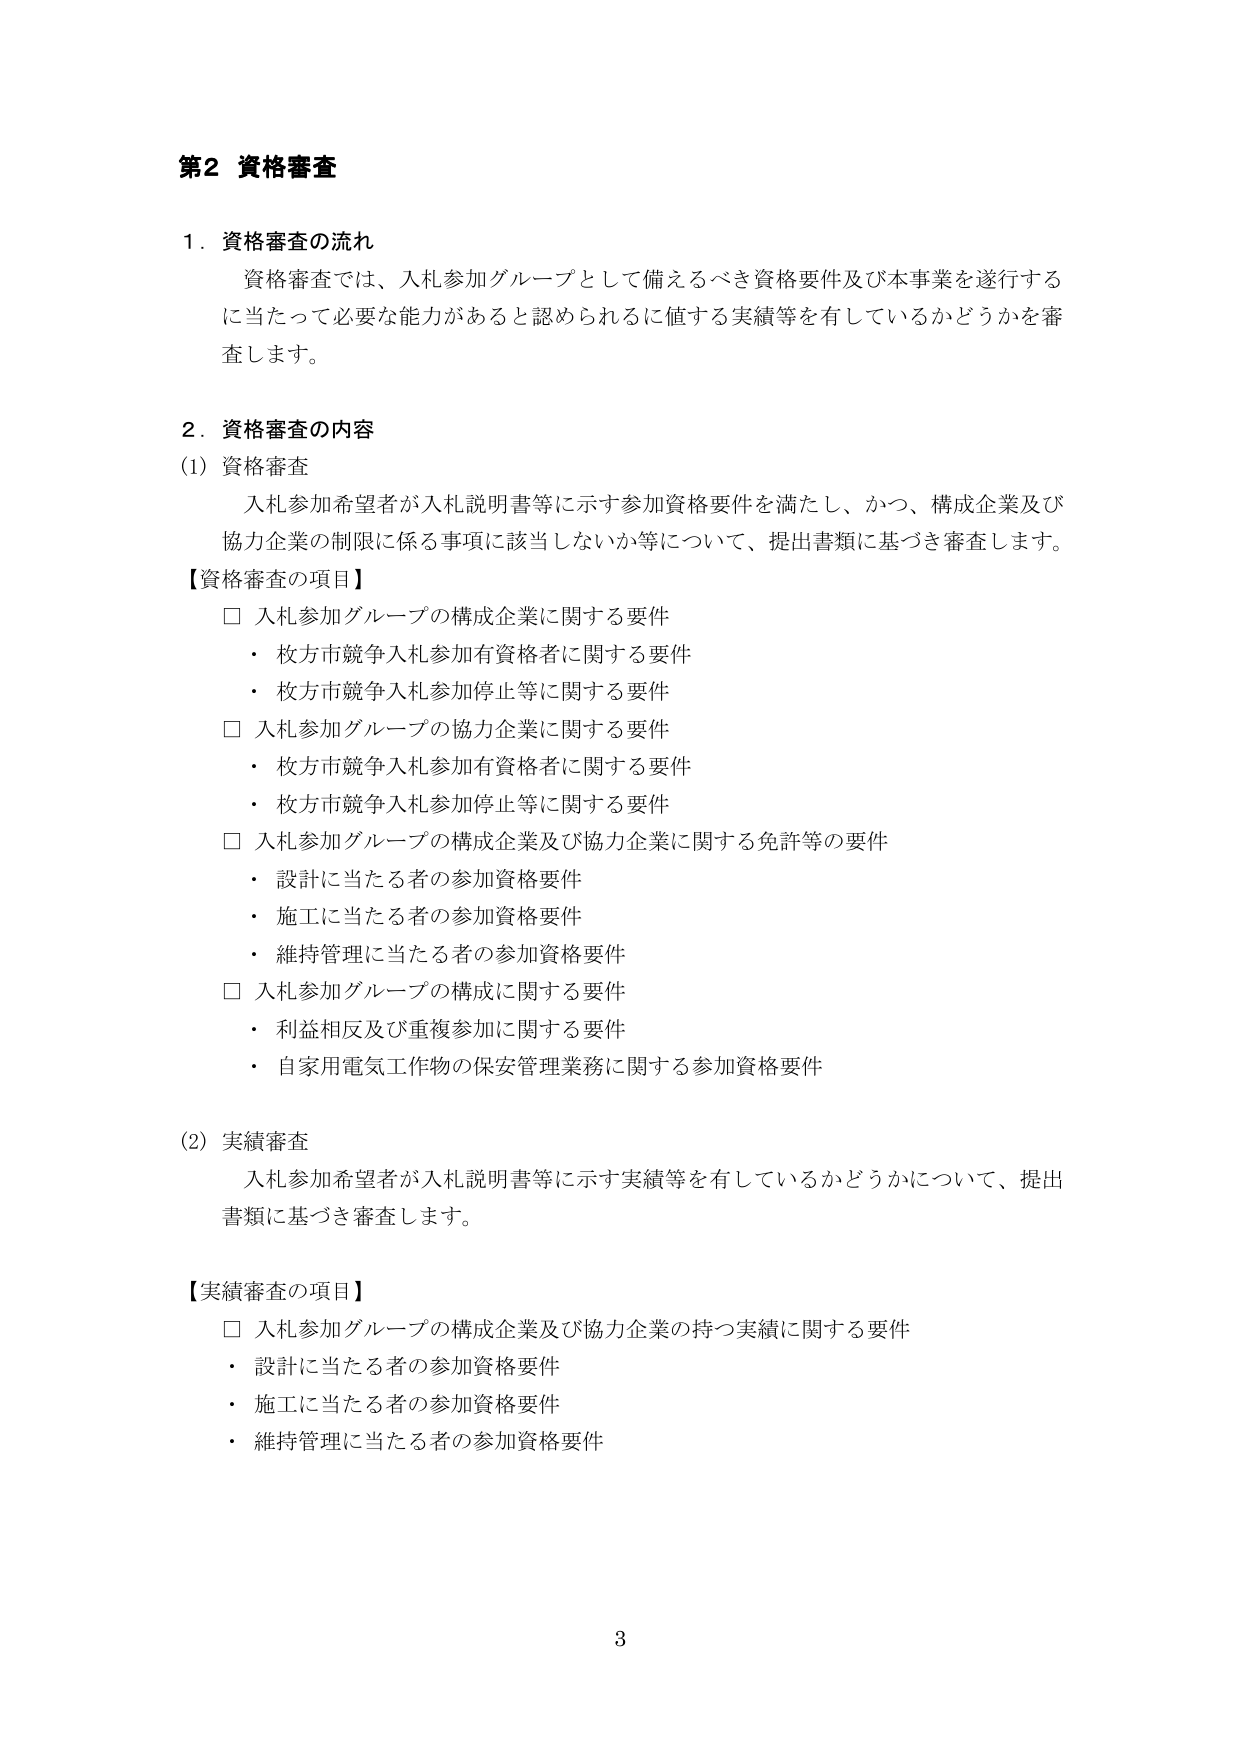
第2 資格審査

1. 資格審査の流れ
資格審査では、入札参加グループとして備えるべき資格要件及び本事業を遂行するに当たって必要な能力があると認められるに値する実績等を有しているかどうかを審査します。

2. 資格審査の内容
(1) 資格審査
入札参加希望者が入札説明書等に示す参加資格要件を満たし、かつ、構成企業及び協力企業の制限に係る事項に該当しないか等について、提出書類に基づき審査します。
【資格審査の項目】
□ 入札参加グループの構成企業に関する要件
・ 枚方市競争入札参加有資格者に関する要件
・ 枚方市競争入札参加停止等に関する要件
□ 入札参加グループの協力企業に関する要件
・ 枚方市競争入札参加有資格者に関する要件
・ 枚方市競争入札参加停止等に関する要件
□ 入札参加グループの構成企業及び協力企業に関する免許等の要件
・ 設計に当たる者の参加資格要件
・ 施工に当たる者の参加資格要件
・ 維持管理に当たる者の参加資格要件
□ 入札参加グループの構成に関する要件
・ 利益相反及び重複参加に関する要件
・ 自家用電気工作物の保安管理業務に関する参加資格要件

(2) 実績審査
入札参加希望者が入札説明書等に示す実績等を有しているかどうかについて、提出書類に基づき審査します。

【実績審査の項目】
□ 入札参加グループの構成企業及び協力企業の持つ実績に関する要件
・ 設計に当たる者の参加資格要件
・ 施工に当たる者の参加資格要件
・ 維持管理に当たる者の参加資格要件

3